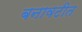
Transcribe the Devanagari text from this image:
बनावटीत